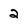
Character: 2